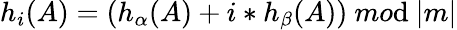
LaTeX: h_{i}(A)=(h_{\alpha}(A)+i*h_{\beta}(A))\ mo\mathrm{d}\ |m|